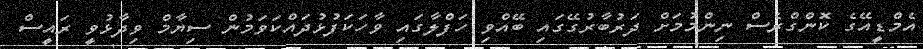
އެމްޑީއޭގެ ކޮންގްރެސް ނިންމުމަށް ދަރުބާރުގޭގައި ބޭއްވި ހަފްލާގައި ވާހަކަފުޅުދައްކަވަމުން ސިޔާމް ވިދާޅުވީ ރައީސް